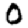
Digit: 0